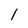
Character: 1